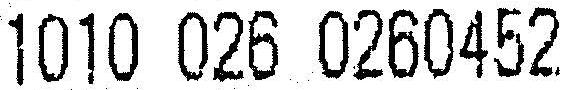
1010 026 0260452